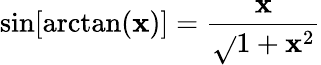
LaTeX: \sin[\arctan(\mathbf{x})]={\frac{{\mathbf{x}}}{{\sqrt{}{{1+\mathbf{x}^{2}}}}}}